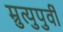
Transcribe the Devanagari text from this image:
म्रुत्युपुर्वी